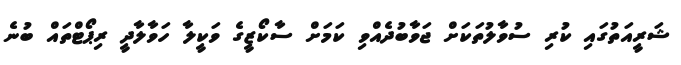
ޝަރީއަތުގައި ކުރި ސުވާލުތަކަށް ޖަވާބުދެއްވި ކަމަށް ސާކޯޒީގެ ވަކީލާ ހަވާލާދީ ރިޕޯޓްތައް ބުނެ